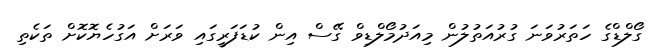
ގޯލްޑްގެ ހަތަރުވަނަ ގުރުއަތުލުން މިއަދުމޯލްޑިވް ގޭސް އިން ކުޑަފަރީގައި ވަރަށް އަގުހެޔޮކޮށް ތަކެތި